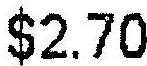
$2.70